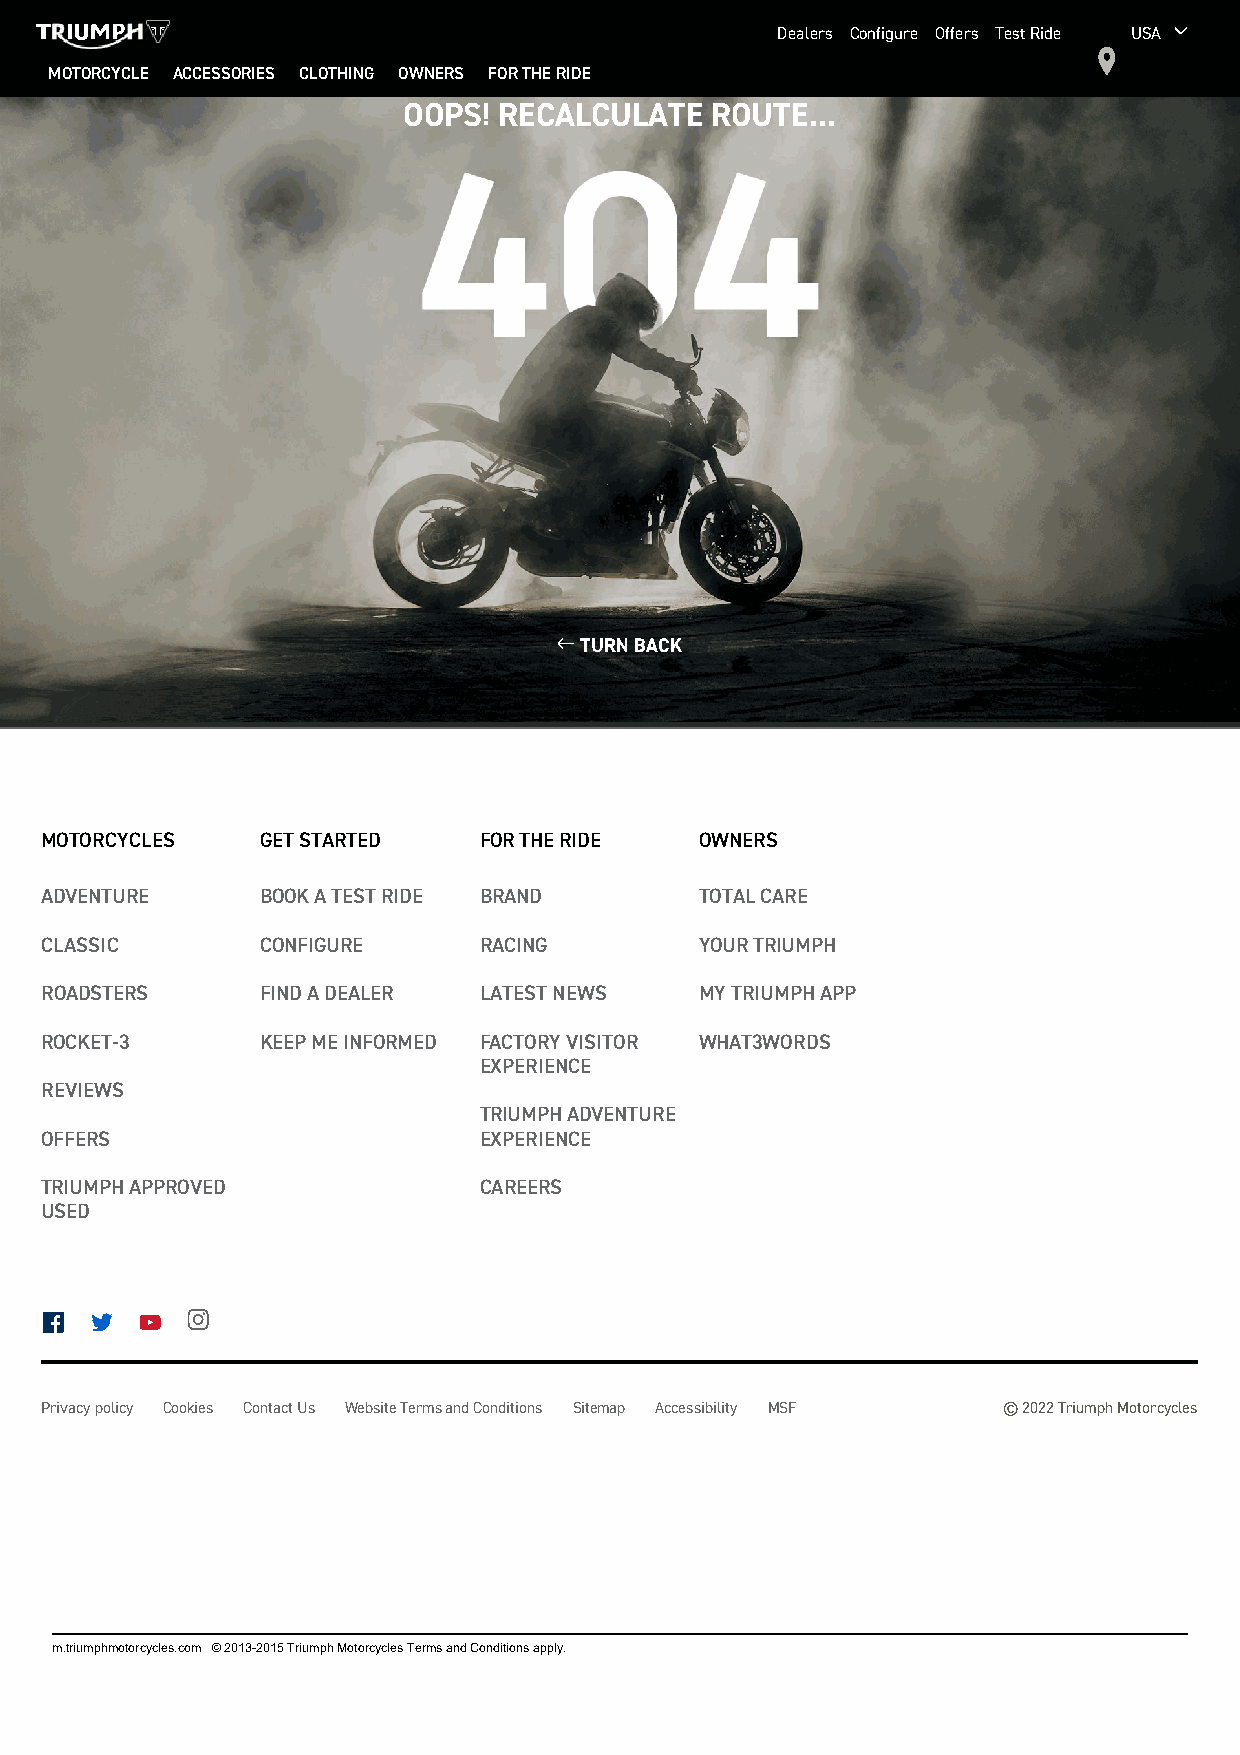
Dealers Configure Offers Test Ride USA 
 MOTORCYCLE ACCESSORIES CLOTHING OWNERS FOR THE RIDE
 OOPS! RECALCULATE   ROUTE...
  TURN BACK
 MOTORCYCLES   GET STARTED    FOR THE RIDE  OWNERS
 ADVENTURE     BOOK A TEST RIDE BRAND       TOTAL CARE
 CLASSIC       CONFIGURE      RACING        YOUR TRIUMPH
 ROADSTERS     FIND A DEALER  LATEST NEWS   MY TRIUMPH APP
 ROCKET-3      KEEP ME INFORMED FACTORY VISITOR WHAT3WORDS
 EXPERIENCE
 REVIEWS
 TRIUMPH ADVENTURE
 OFFERS                       EXPERIENCE
 TRIUMPH APPROVED             CAREERS
 USED
       
 Privacy policy Cookies Contact Us Website Terms and Conditions Sitemap Accessibility MSF © 2022 Triumph Motorcycles
 m.triumphmotorcycles.com © 2013-2015 Triumph Motorcycles Terms and Conditions apply.